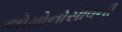
લોમોનોસોવની